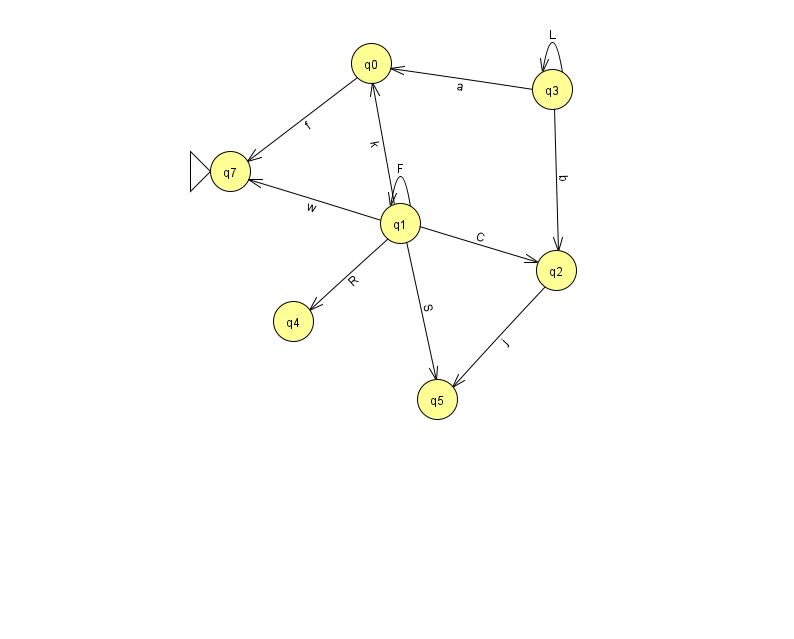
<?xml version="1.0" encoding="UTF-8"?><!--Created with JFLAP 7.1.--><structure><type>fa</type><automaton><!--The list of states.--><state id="0" name="q0"><x>371.0</x><y>50.0</y></state><state id="1" name="q1"><x>400.0</x><y>210.0</y></state><state id="2" name="q2"><x>556.0</x><y>257.0</y></state><state id="3" name="q3"><x>552.0</x><y>76.0</y></state><state id="4" name="q4"><x>293.0</x><y>308.0</y></state><state id="5" name="q5"><x>437.0</x><y>386.0</y></state><state id="7" name="q7"><x>230.0</x><y>158.0</y><initial/></state><!--The list of transitions.--><transition><from>3</from><to>0</to><read>a</read></transition><transition><from>1</from><to>0</to><read>k</read></transition><transition><from>1</from><to>7</to><read>w</read></transition><transition><from>3</from><to>2</to><read>b</read></transition><transition><from>1</from><to>1</to><read>F</read></transition><transition><from>0</from><to>7</to><read>f</read></transition><transition><from>1</from><to>5</to><read>S</read></transition><transition><from>1</from><to>4</to><read>R</read></transition><transition><from>3</from><to>3</to><read>L</read></transition><transition><from>1</from><to>2</to><read>C</read></transition><transition><from>2</from><to>5</to><read>j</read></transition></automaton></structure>